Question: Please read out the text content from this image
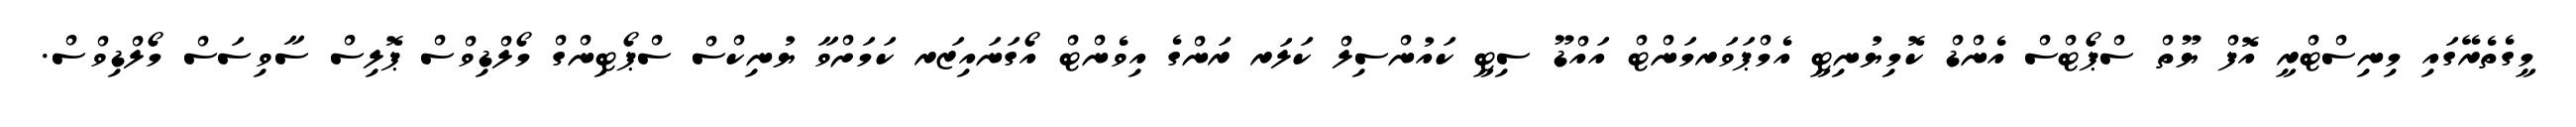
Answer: މީގެތެރޭގައި މިނިސްޓްރީ އޮފް ޔޫތް ސްޕޯޓްސް އެންޑް ކޮމިޔުނިޓީ އެމްޕަވަރމަންޓް އައްޑޫ ސިޓީ ކައުންސިލް ކަލަރ ރަންގެ އިވެންޓް އޯގަނައިޒަރ ކަމަށްވާ ޔުނިކްސް ސްޕޯޓިންގް މޯލްޑިވްސް ޕޮލިސް ސާވިސަސް މޯލްޑިވްސް.